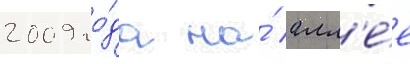
2009 го́да на́ алл'е́е